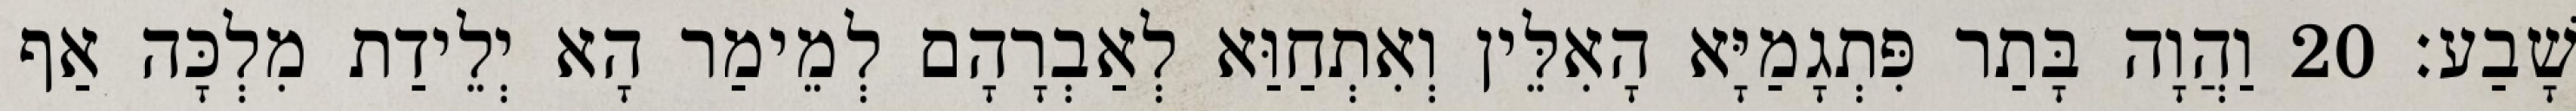
שָׁבַע׃ 20 וַהֲוָה בָּתַר פִּתְגָמַיָּא הָאִלֵּין וְאִתְחַוַּא לְאַבְרָהָם לְמֵימַר הָא יְלֵידַת מִלְכָּה אַף